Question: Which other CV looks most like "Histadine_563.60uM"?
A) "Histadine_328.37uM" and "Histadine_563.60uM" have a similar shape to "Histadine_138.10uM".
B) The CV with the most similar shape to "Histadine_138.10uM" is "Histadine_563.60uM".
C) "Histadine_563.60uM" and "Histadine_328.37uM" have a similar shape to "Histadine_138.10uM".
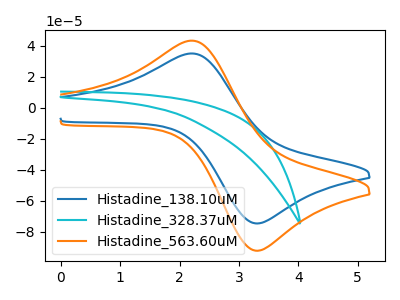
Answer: <think>The blue curve "Histadine_138.10uM" has an anodic peak at (2.20V, 35.05uA) and a cathodic peak at (3.30V, -74.60uA). The cyan curve "Histadine_328.37uM" has no peaks. The orange curve "Histadine_563.60uM" has an anodic peak at (2.20V, 43.35uA) and a cathodic peak at (3.30V, -92.25uA).
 "Histadine_138.10uM" and "Histadine_328.37uM" have a different number of peaks. All the peaks in "Histadine_138.10uM" have a peak in "Histadine_563.60uM" at the same potential. Every peak in "Histadine_138.10uM" is lower than every peak in "Histadine_563.60uM". "Histadine_328.37uM" and "Histadine_563.60uM" have a different number of peaks.</think>
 <answer>B) The CV with the most similar shape to "Histadine_138.10uM" is "Histadine_563.60uM".</answer>
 <eval>B</eval>